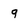
Character: 9